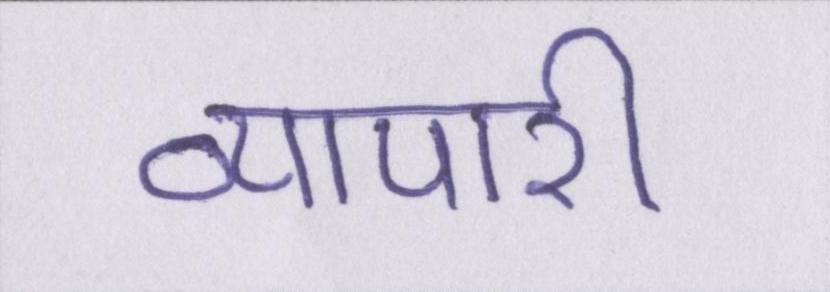
व्यापारी